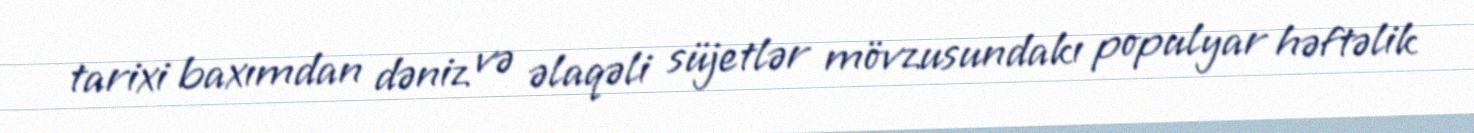
tarixi baxımdan dəniz və əlaqəli süjetlər mövzusundakı populyar həftəlik